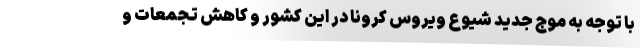
با توجه به موج جدید شیوع ویروس کرونا در این کشور و کاهش تجمعات و